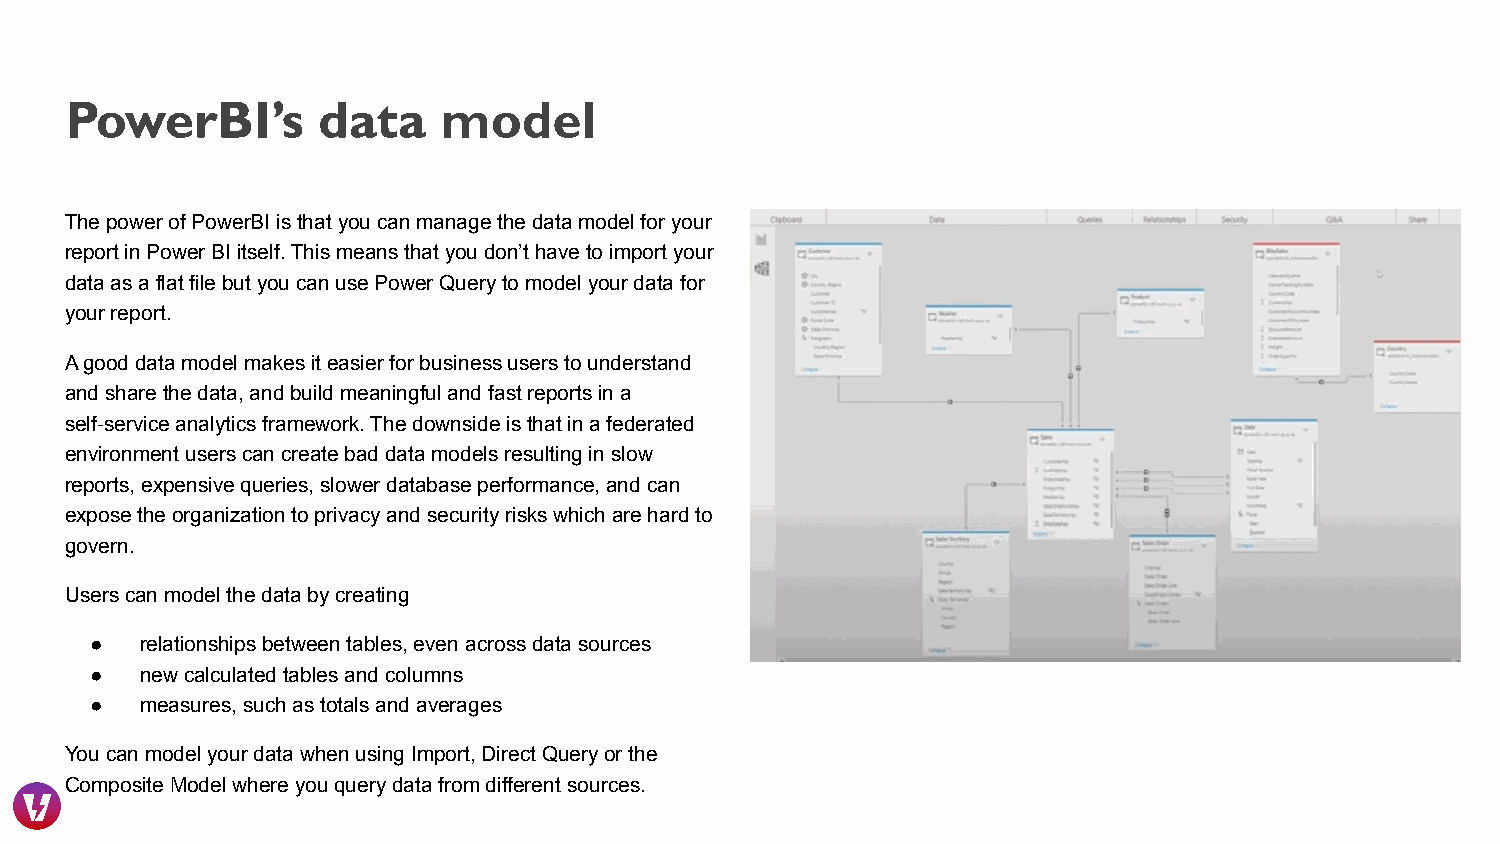
PowerBI’s        data    model
 The power of PowerBI is that you can manage the data model for your
 report in Power BI itself. This means that you don’t have to import your
 data as a flat file but you can use Power Query to model your data for
 your report.
 A good data model makes it easier for business users to understand
 and share the data, and build meaningful and fast reports in a
 self-service analytics framework. The downside is that in a federated
 environment users can create bad data models resulting in slow
 reports, expensive queries, slower database performance, and can
 expose the organization to privacy and security risks which are hard to
 govern.
 Users can model the data by creating
 ●  relationships between tables, even across data sources
 ●  new calculated tables and columns
 ●  measures, such as totals and averages
 You can model your data when using Import, Direct Query or the
 Composite Model where you query data from different sources.